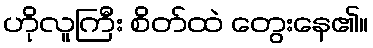
ဟိုလူကြီး စိတ်ထဲ တွေးနေ၏။